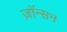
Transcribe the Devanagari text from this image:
ज़ॉन्सन